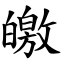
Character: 皦